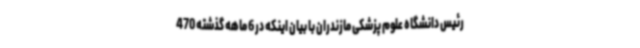
رئیس دانشگاه علوم پزشکی مازندران با بیان اینکه در 6 ماهه گذشته 470